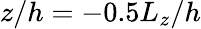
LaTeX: z/h=-0.5L_{z}/h